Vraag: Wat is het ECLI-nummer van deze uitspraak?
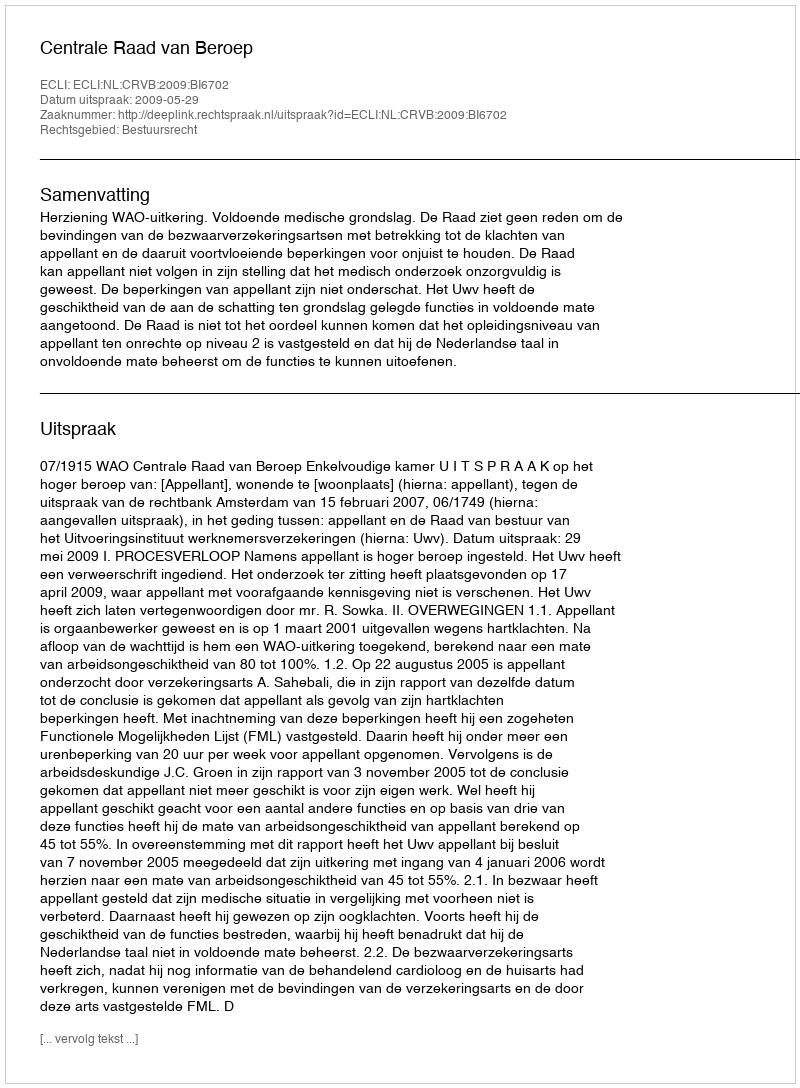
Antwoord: ECLI:NL:CRVB:2009:BI6702